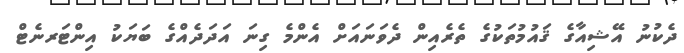
ދެކުނު އޭޝިއާގެ ޤައުމުތަކުގެ ތެރެއިން ދެވަނައަށް އެންމެ ގިނަ އަދަދެއްގެ ބަޔަކު އިންޓަރނެޓް